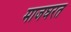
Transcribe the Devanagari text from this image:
माजघरत